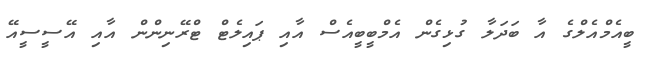
ބީއެމްއެލްގެ އާ ބަދަލާ ގުޅިގެން އެމްބީބީއެސް އާއި ޕައިލެޓް ޓްރޭނިންން އާއި އޭސީސީއޭ